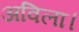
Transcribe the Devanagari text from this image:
अविला।